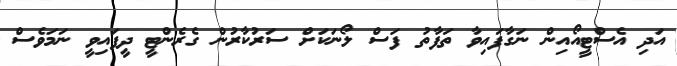
އަދި އެސްޓީއޯއިން ނަގާފައިވާ ތަފާތު ފަސް ލޯނަކަށް ސަރުކާރުން ގެރެންޓީ ދީފައިވީ ނަމަވެސް